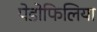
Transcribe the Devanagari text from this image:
पेडोफिलिया